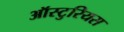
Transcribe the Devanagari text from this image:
ऑस्टुरियस